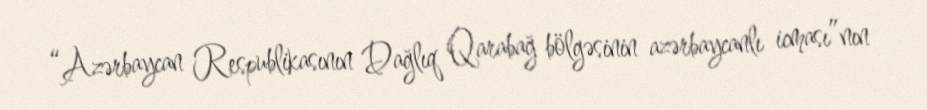
“Azərbaycan Respublikasının Dağlıq Qarabağ bölgəsinin azərbaycanlı icması”nın